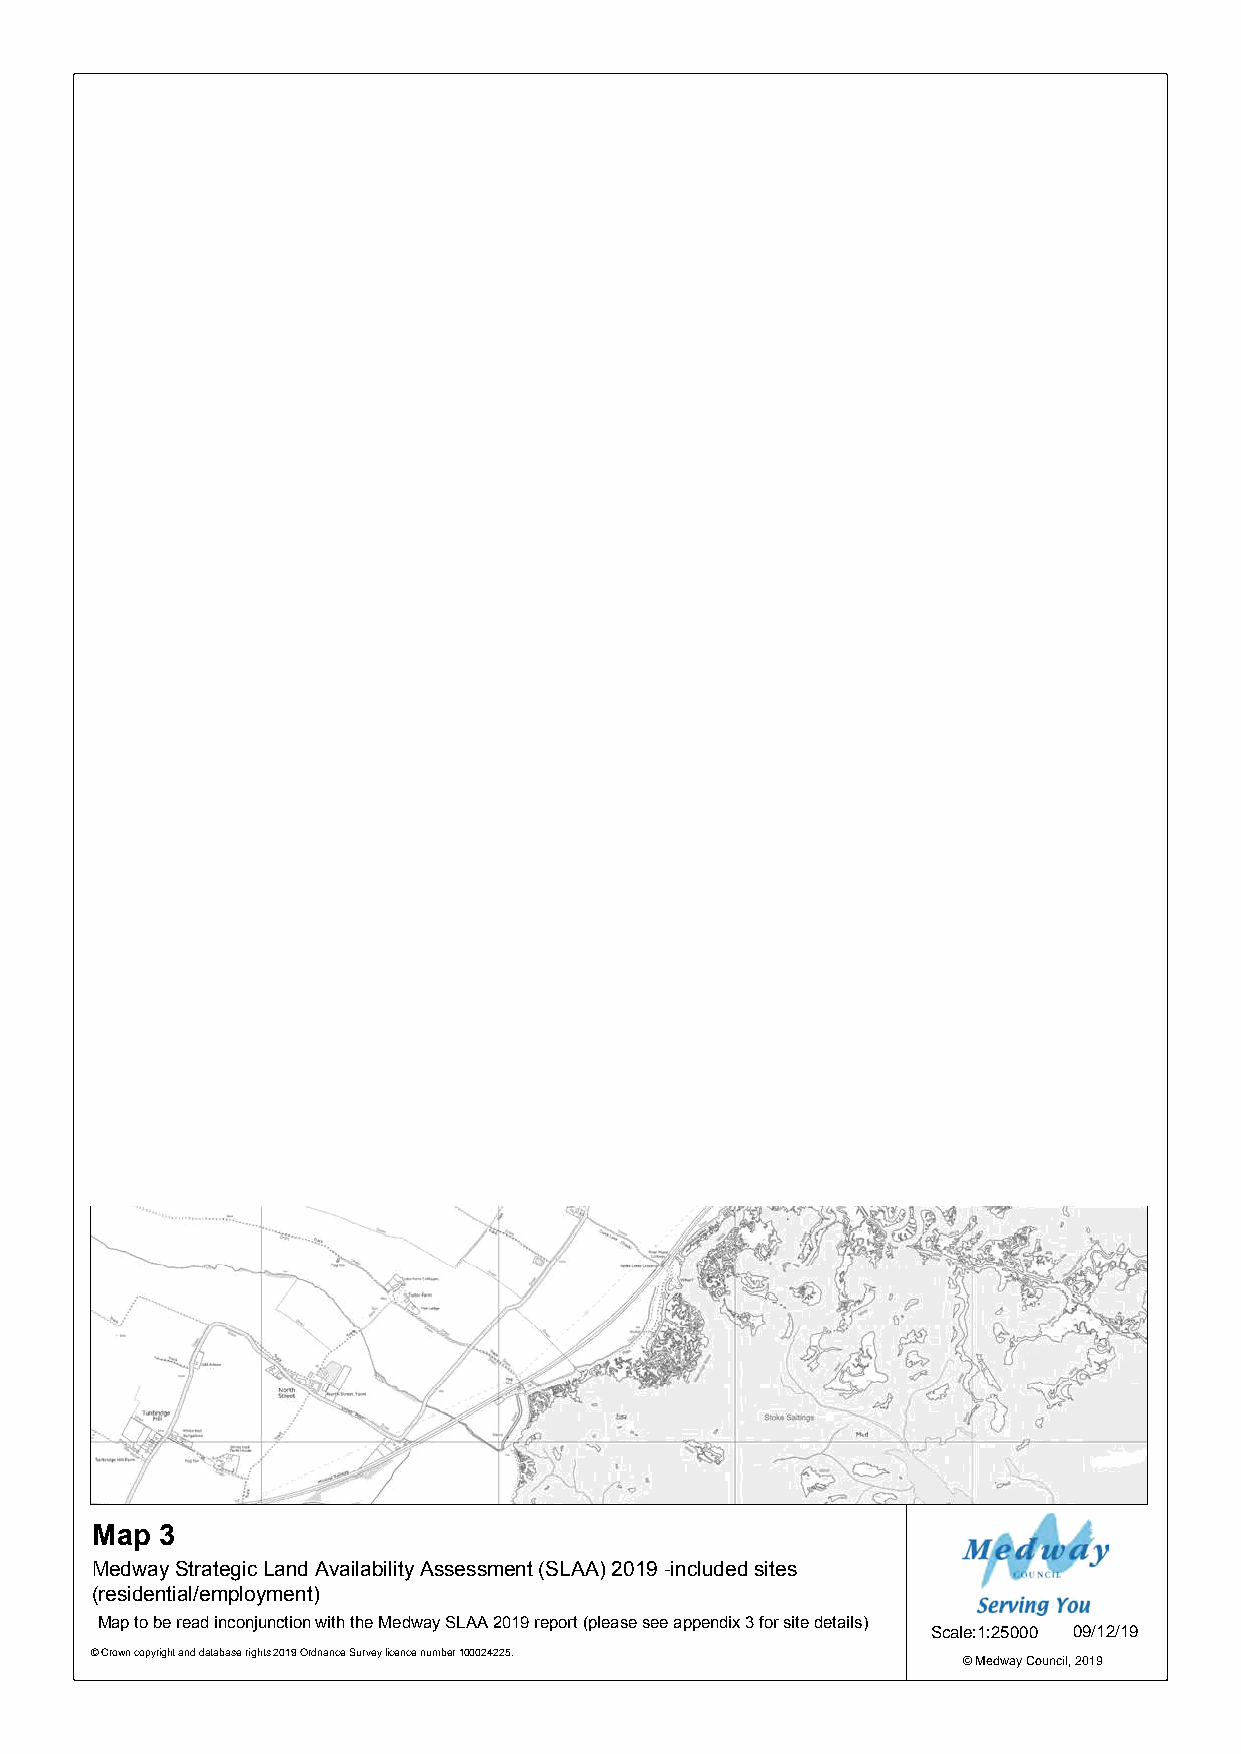
0709
 1296
 1216
 1214
 Map  3
 Medway Strategic Land Availability Assessment (SLAA) 2019 -included sites
 (residential/employment)
 Map to be read inconjunction with the Medway SLAA 2019 report (please see appendix 3 for site details)
 Scale:1:25000 09/12/19
 © Crown copyright and database rights 2019 Ordnance Survey licence number 100024225.
 © Medway Council, 2019